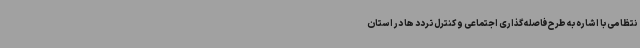
نتظامی با اشاره به طرح فاصله گذاری اجتماعی و کنترل تردد ها در استان